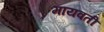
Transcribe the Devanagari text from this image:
मायवती